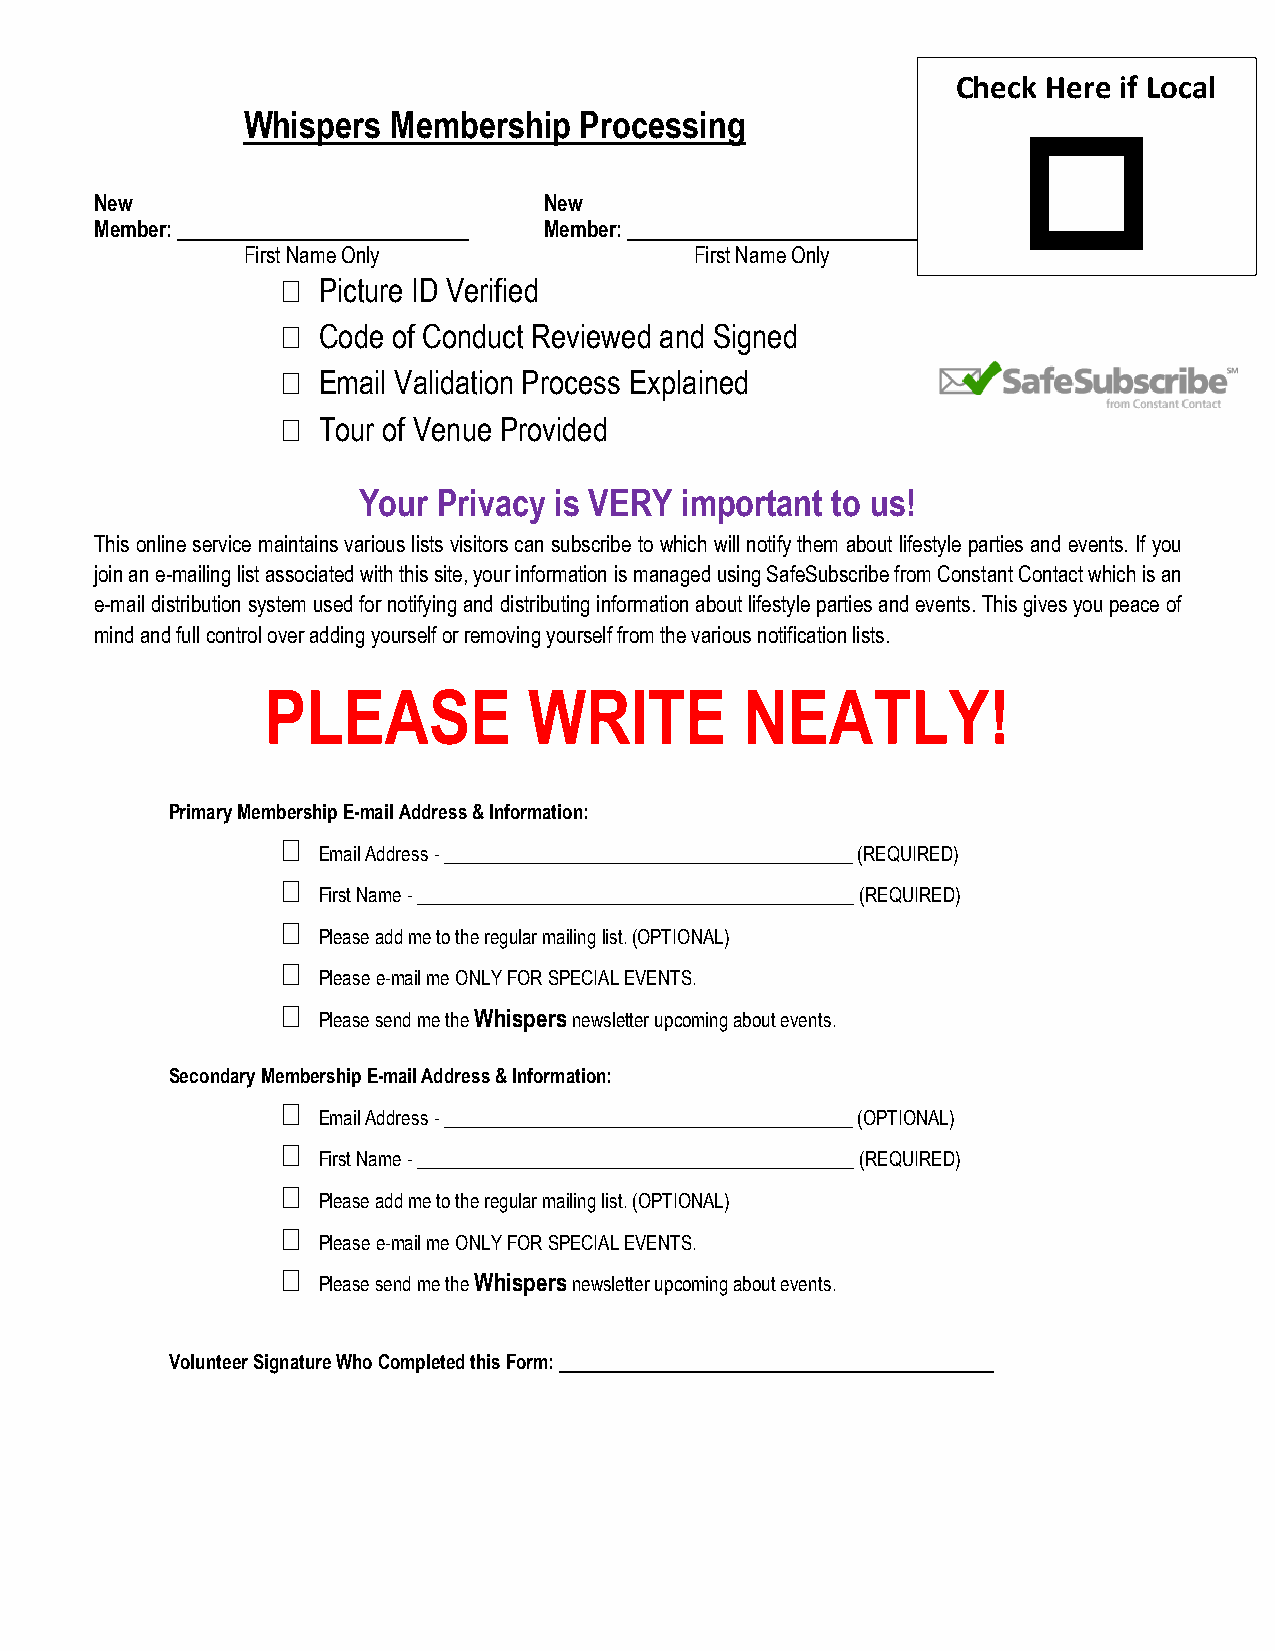
Check Here if Local
 Whispers  Membership  Processing
 
 New                           New
 Member:                       Member:
 First Name Only               First Name Only
  Picture ID Verified
  Code of Conduct Reviewed and Signed
  Email Validation Process Explained
  Tour of Venue Provided
 Your Privacy is VERY important to us!
 This online service maintains various lists visitors can subscribe to which will notify them about lifestyle parties and events. If you
 join an e-mailing list associated with this site, your information is managed using SafeSubscribe from Constant Contact which is an
 e-mail distribution system used for notifying and distributing information about lifestyle parties and events. This gives you peace of
 mind and full control over adding yourself or removing yourself from the various notification lists.
 PLEASE           WRITE         NEATLY!
 Primary Membership E-mail Address & Information:

 Email Address - ___________________________________________ (REQUIRED)

 First Name - ______________________________________________ (REQUIRED)

 Please add me to the regular mailing list. (OPTIONAL)

 Please e-mail me ONLY FOR SPECIAL EVENTS.

 Please send me the Whispers newsletter upcoming about events.
 Secondary Membership E-mail Address & Information:

 Email Address - ___________________________________________ (OPTIONAL)

 First Name - ______________________________________________ (REQUIRED)

 Please add me to the regular mailing list. (OPTIONAL)

 Please e-mail me ONLY FOR SPECIAL EVENTS.

 Please send me the Whispers newsletter upcoming about events.
 Volunteer Signature Who Completed this Form: